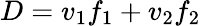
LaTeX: D=v_{1}f_{1}+v_{2}f_{2}